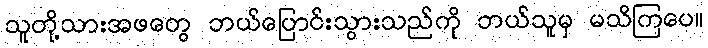
သူတို့သားအဖတွေ ဘယ်ပြောင်းသွားသည်ကို ဘယ်သူမှ မသိကြပေ။